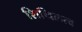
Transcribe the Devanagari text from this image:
शिथिलत्व